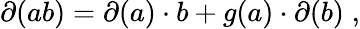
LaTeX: \partial(ab)=\partial(a)\cdot b+g(a)\cdot\partial(b)\; ,